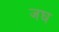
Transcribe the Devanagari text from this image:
जघ